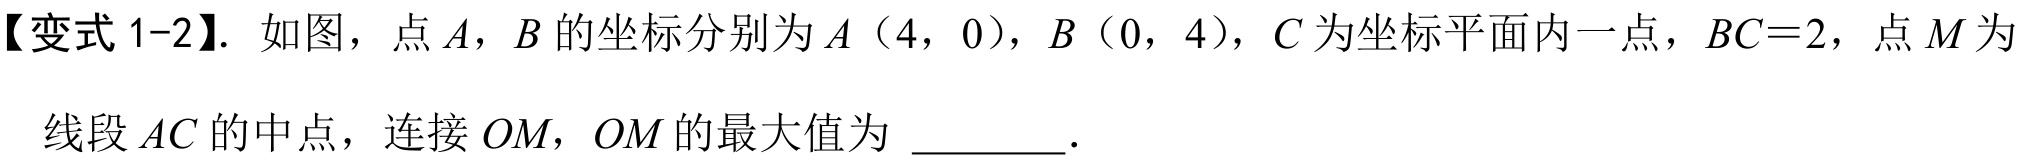
【变式 1-2】. 如图，点\(A\)，\(B\)的坐标分别为\(A(4,0)\)，\(B(0,4)\)，\(C\)为坐标平面内一点，\(BC = 2\)，点\(M\)为
线段\(AC\)的中点，连接\(OM\)，\(OM\)的最大值为 \_\_\_\_\_ .